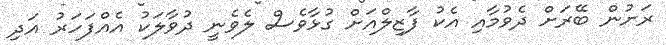
ރަށުން ބޭރަށް ދެވުމާއި އެކު ފާޒިލްއަށް ގުޅާވެސް ލެވެނީ ދުވާލަކު އެއްފަހަރު އަދި